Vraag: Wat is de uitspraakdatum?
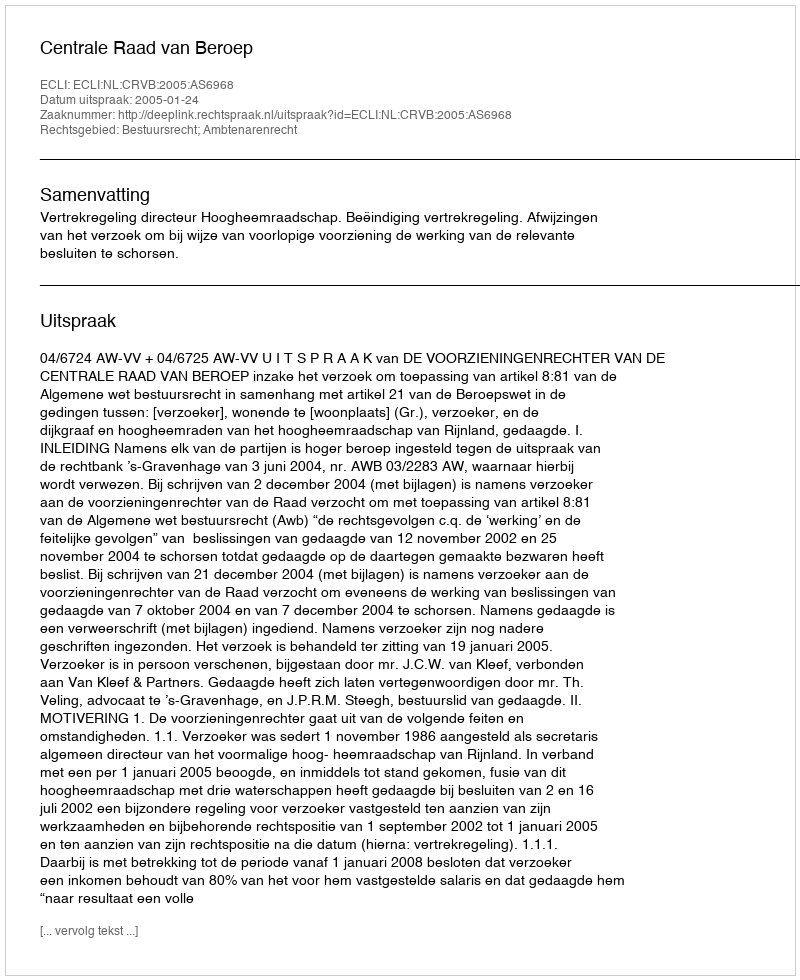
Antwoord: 2005-01-24